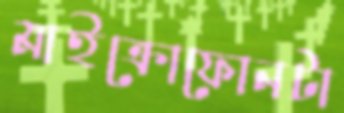
মাইক্রোফোনটা